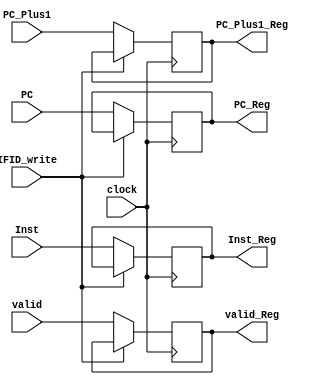
module IFID(clock,PC_Plus1,Inst,PC,valid,IFID_write,   Inst_Reg,PC_Plus1_Reg,PC_Reg,valid_Reg);
input [15:0] PC_Plus1,Inst,PC;
input clock;
input valid;
input IFID_write;
output [15:0] Inst_Reg, PC_Plus1_Reg,PC_Reg;
output valid_Reg;
reg [15:0] Inst_Reg, PC_Plus1_Reg, PC_Reg;
reg valid_Reg;
initial begin
Inst_Reg = 0;
PC_Plus1_Reg = 0;
PC_Reg = 0;
valid_Reg = 0;
end

always@(posedge clock)
begin
if (~IFID_write)
begin
Inst_Reg <= Inst;
PC_Plus1_Reg <= PC_Plus1;
PC_Reg <= PC;
valid_Reg<=valid;
end
end
endmodule